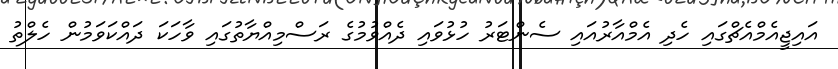
އައިޖީއެމްއެޗްގައި ހެދި އެމްއާރުއައި ސެންޓަރު ހުޅުވައި ދެއްވުމުގެ ރަސްމިއްޔާތުގައި ވާހަކަ ދައްކަވަމުން ހެލްތު